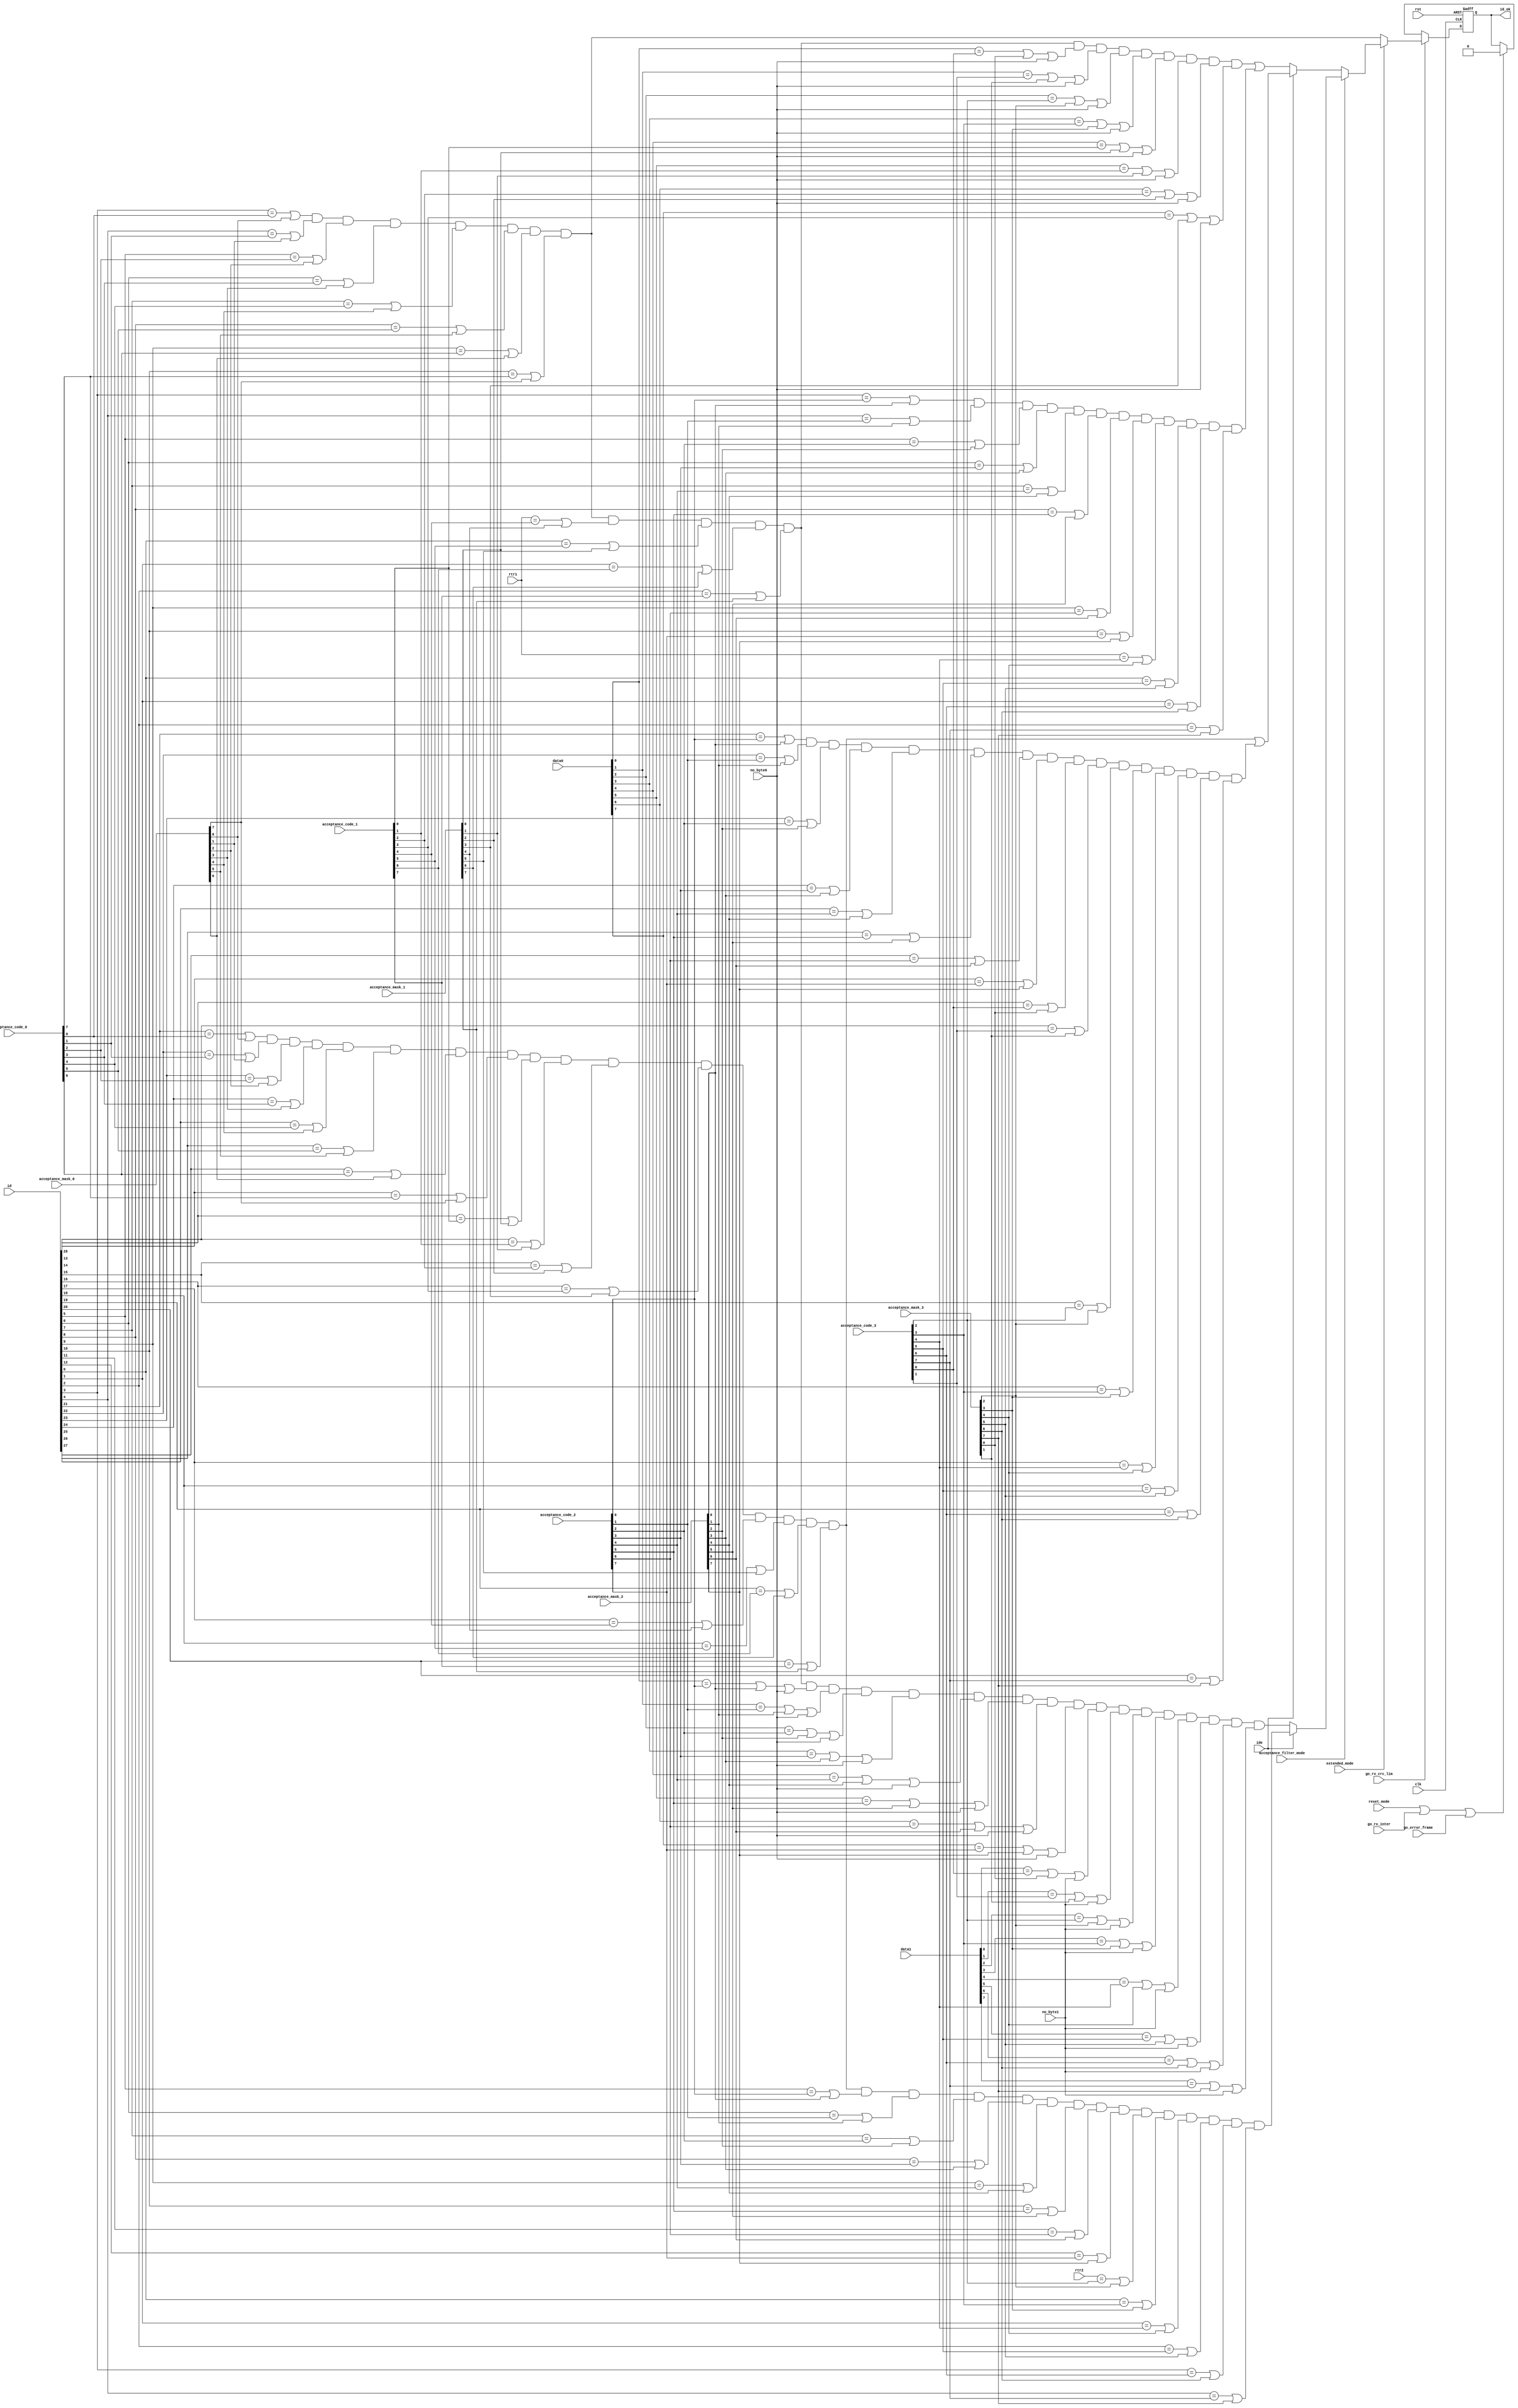
module can_acf(
	input wire clk,
	input wire rst,
	input wire [28:0] id,

	/* Mode register */
	input wire reset_mode,
	input wire acceptance_filter_mode,
	input wire extended_mode,

	input wire [7:0] acceptance_code_0,
	input wire [7:0] acceptance_code_1,
	input wire [7:0] acceptance_code_2,
	input wire [7:0] acceptance_code_3,
	input wire [7:0] acceptance_mask_0,
	input wire [7:0] acceptance_mask_1,
	input wire [7:0] acceptance_mask_2,
	input wire [7:0] acceptance_mask_3,

	input wire go_rx_crc_lim,
	input wire go_rx_inter,
	input wire go_error_frame,

	input wire [7:0] data0,
	input wire [7:0] data1,
	input wire rtr1,
	input wire rtr2,
	input wire ide,
	input wire no_byte0,
	input wire no_byte1,

	output reg id_ok
	);

	parameter Tp = 1;


	wire          match;
	wire          match_sf_std;
	wire          match_sf_ext;
	wire          match_df_std;
	wire          match_df_ext;

	// Working in basic mode. ID match for standard format (11-bit ID).
	assign match =
		(	(id[3]  == acceptance_code_0[0] | acceptance_mask_0[0] )
		&	(id[4]  == acceptance_code_0[1] | acceptance_mask_0[1] )
		&	(id[5]  == acceptance_code_0[2] | acceptance_mask_0[2] )
		&	(id[6]  == acceptance_code_0[3] | acceptance_mask_0[3] )
		&	(id[7]  == acceptance_code_0[4] | acceptance_mask_0[4] )
		&	(id[8]  == acceptance_code_0[5] | acceptance_mask_0[5] )
		&	(id[9]  == acceptance_code_0[6] | acceptance_mask_0[6] )
		&	(id[10] == acceptance_code_0[7] | acceptance_mask_0[7] )
		);

	// Working in extended mode. ID match for standard format (11-bit ID). Using single filter.
	assign match_sf_std =
		(	(id[3]  == acceptance_code_0[0] | acceptance_mask_0[0] )
		&	(id[4]  == acceptance_code_0[1] | acceptance_mask_0[1] )
		&	(id[5]  == acceptance_code_0[2] | acceptance_mask_0[2] )
		&	(id[6]  == acceptance_code_0[3] | acceptance_mask_0[3] )
		&	(id[7]  == acceptance_code_0[4] | acceptance_mask_0[4] )
		&	(id[8]  == acceptance_code_0[5] | acceptance_mask_0[5] )
		&	(id[9]  == acceptance_code_0[6] | acceptance_mask_0[6] )
		&	(id[10] == acceptance_code_0[7] | acceptance_mask_0[7] )

		&	(rtr1   == acceptance_code_1[4] | acceptance_mask_1[4] )
		&	(id[0]  == acceptance_code_1[5] | acceptance_mask_1[5] )
		&	(id[1]  == acceptance_code_1[6] | acceptance_mask_1[6] )
		&	(id[2]  == acceptance_code_1[7] | acceptance_mask_1[7] )

		&	(data0[0]  == acceptance_code_2[0] | acceptance_mask_2[0] | no_byte0)
		&	(data0[1]  == acceptance_code_2[1] | acceptance_mask_2[1] | no_byte0)
		&	(data0[2]  == acceptance_code_2[2] | acceptance_mask_2[2] | no_byte0)
		&	(data0[3]  == acceptance_code_2[3] | acceptance_mask_2[3] | no_byte0)
		&	(data0[4]  == acceptance_code_2[4] | acceptance_mask_2[4] | no_byte0)
		&	(data0[5]  == acceptance_code_2[5] | acceptance_mask_2[5] | no_byte0)
		&	(data0[6]  == acceptance_code_2[6] | acceptance_mask_2[6] | no_byte0)
		&	(data0[7]  == acceptance_code_2[7] | acceptance_mask_2[7] | no_byte0)

		&	(data1[0]  == acceptance_code_3[0] | acceptance_mask_3[0] | no_byte1)
		&	(data1[1]  == acceptance_code_3[1] | acceptance_mask_3[1] | no_byte1)
		&	(data1[2]  == acceptance_code_3[2] | acceptance_mask_3[2] | no_byte1)
		&	(data1[3]  == acceptance_code_3[3] | acceptance_mask_3[3] | no_byte1)
		&	(data1[4]  == acceptance_code_3[4] | acceptance_mask_3[4] | no_byte1)
		&	(data1[5]  == acceptance_code_3[5] | acceptance_mask_3[5] | no_byte1)
		&	(data1[6]  == acceptance_code_3[6] | acceptance_mask_3[6] | no_byte1)
		&	(data1[7]  == acceptance_code_3[7] | acceptance_mask_3[7] | no_byte1)
		);

	// Working in extended mode. ID match for extended format (29-bit ID). Using single filter.
	assign match_sf_ext =
		(	(id[21]  == acceptance_code_0[0] | acceptance_mask_0[0] )
		&	(id[22]  == acceptance_code_0[1] | acceptance_mask_0[1] )
		&	(id[23]  == acceptance_code_0[2] | acceptance_mask_0[2] )
		&	(id[24]  == acceptance_code_0[3] | acceptance_mask_0[3] )
		&	(id[25]  == acceptance_code_0[4] | acceptance_mask_0[4] )
		&	(id[26]  == acceptance_code_0[5] | acceptance_mask_0[5] )
		&	(id[27]  == acceptance_code_0[6] | acceptance_mask_0[6] )
		&	(id[28]  == acceptance_code_0[7] | acceptance_mask_0[7] )

		&	(id[13]  == acceptance_code_1[0] | acceptance_mask_1[0] )
		&	(id[14]  == acceptance_code_1[1] | acceptance_mask_1[1] )
		&	(id[15]  == acceptance_code_1[2] | acceptance_mask_1[2] )
		&	(id[16]  == acceptance_code_1[3] | acceptance_mask_1[3] )
		&	(id[17]  == acceptance_code_1[4] | acceptance_mask_1[4] )
		&	(id[18]  == acceptance_code_1[5] | acceptance_mask_1[5] )
		&	(id[19]  == acceptance_code_1[6] | acceptance_mask_1[6] )
		&	(id[20]  == acceptance_code_1[7] | acceptance_mask_1[7] )

		&	(id[5]  == acceptance_code_2[0] | acceptance_mask_2[0] )
		&	(id[6]  == acceptance_code_2[1] | acceptance_mask_2[1] )
		&	(id[7]  == acceptance_code_2[2] | acceptance_mask_2[2] )
		&	(id[8]  == acceptance_code_2[3] | acceptance_mask_2[3] )
		&	(id[9]  == acceptance_code_2[4] | acceptance_mask_2[4] )
		&	(id[10] == acceptance_code_2[5] | acceptance_mask_2[5] )
		&	(id[11] == acceptance_code_2[6] | acceptance_mask_2[6] )
		&	(id[12] == acceptance_code_2[7] | acceptance_mask_2[7] )

		&	(rtr2   == acceptance_code_3[2] | acceptance_mask_3[2] )
		&	(id[0]  == acceptance_code_3[3] | acceptance_mask_3[3] )
		&	(id[1]  == acceptance_code_3[4] | acceptance_mask_3[4] )
		&	(id[2]  == acceptance_code_3[5] | acceptance_mask_3[5] )
		&	(id[3]  == acceptance_code_3[6] | acceptance_mask_3[6] )
		&	(id[4]  == acceptance_code_3[7] | acceptance_mask_3[7] )
		);

	// Working in extended mode. ID match for standard format (11-bit ID). Using double filter.
	assign match_df_std =
		(	(	(id[3]  == acceptance_code_0[0] | acceptance_mask_0[0] )
			&	(id[4]  == acceptance_code_0[1] | acceptance_mask_0[1] )
			&	(id[5]  == acceptance_code_0[2] | acceptance_mask_0[2] )
			&	(id[6]  == acceptance_code_0[3] | acceptance_mask_0[3] )
			&	(id[7]  == acceptance_code_0[4] | acceptance_mask_0[4] )
			&	(id[8]  == acceptance_code_0[5] | acceptance_mask_0[5] )
			&	(id[9]  == acceptance_code_0[6] | acceptance_mask_0[6] )
			&	(id[10] == acceptance_code_0[7] | acceptance_mask_0[7] )

			&	(rtr1   == acceptance_code_1[4] | acceptance_mask_1[4] )
			&	(id[0]  == acceptance_code_1[5] | acceptance_mask_1[5] )
			&	(id[1]  == acceptance_code_1[6] | acceptance_mask_1[6] )
			&	(id[2]  == acceptance_code_1[7] | acceptance_mask_1[7] )

			&	(data0[0] == acceptance_code_3[0] | acceptance_mask_3[0] | no_byte0)
			&	(data0[1] == acceptance_code_3[1] | acceptance_mask_3[1] | no_byte0)
			&	(data0[2] == acceptance_code_3[2] | acceptance_mask_3[2] | no_byte0)
			&	(data0[3] == acceptance_code_3[3] | acceptance_mask_3[3] | no_byte0)
			&	(data0[4] == acceptance_code_1[0] | acceptance_mask_1[0] | no_byte0)
			&	(data0[5] == acceptance_code_1[1] | acceptance_mask_1[1] | no_byte0)
			&	(data0[6] == acceptance_code_1[2] | acceptance_mask_1[2] | no_byte0)
			&	(data0[7] == acceptance_code_1[3] | acceptance_mask_1[3] | no_byte0)
			)
		|	(	(id[3]  == acceptance_code_2[0] | acceptance_mask_2[0] )
			&	(id[4]  == acceptance_code_2[1] | acceptance_mask_2[1] )
			&	(id[5]  == acceptance_code_2[2] | acceptance_mask_2[2] )
			&	(id[6]  == acceptance_code_2[3] | acceptance_mask_2[3] )
			&	(id[7]  == acceptance_code_2[4] | acceptance_mask_2[4] )
			&	(id[8]  == acceptance_code_2[5] | acceptance_mask_2[5] )
			&	(id[9]  == acceptance_code_2[6] | acceptance_mask_2[6] )
			&	(id[10] == acceptance_code_2[7] | acceptance_mask_2[7] )

			&	(rtr1   == acceptance_code_3[4] | acceptance_mask_3[4] )
			&	(id[0]  == acceptance_code_3[5] | acceptance_mask_3[5] )
			&	(id[1]  == acceptance_code_3[6] | acceptance_mask_3[6] )
			&	(id[2]  == acceptance_code_3[7] | acceptance_mask_3[7] )
			)
		);

// Working in extended mode. ID match for extended format (29-bit ID). Using double filter.
	assign match_df_ext =
		(	(	(id[21]  == acceptance_code_0[0] | acceptance_mask_0[0] )
			&	(id[22]  == acceptance_code_0[1] | acceptance_mask_0[1] )
			&	(id[23]  == acceptance_code_0[2] | acceptance_mask_0[2] )
			&	(id[24]  == acceptance_code_0[3] | acceptance_mask_0[3] )
			&	(id[25]  == acceptance_code_0[4] | acceptance_mask_0[4] )
			&	(id[26]  == acceptance_code_0[5] | acceptance_mask_0[5] )
			&	(id[27]  == acceptance_code_0[6] | acceptance_mask_0[6] )
			&	(id[28]  == acceptance_code_0[7] | acceptance_mask_0[7] )

			&	(id[13]  == acceptance_code_1[0] | acceptance_mask_1[0] )
			&	(id[14]  == acceptance_code_1[1] | acceptance_mask_1[1] )
			&	(id[15]  == acceptance_code_1[2] | acceptance_mask_1[2] )
			&	(id[16]  == acceptance_code_1[3] | acceptance_mask_1[3] )
			&	(id[17]  == acceptance_code_1[4] | acceptance_mask_1[4] )
			&	(id[18]  == acceptance_code_1[5] | acceptance_mask_1[5] )
			&	(id[19]  == acceptance_code_1[6] | acceptance_mask_1[6] )
			&	(id[20]  == acceptance_code_1[7] | acceptance_mask_1[7] )
			)
		|	(	(id[21]  == acceptance_code_2[0] | acceptance_mask_2[0] )
			&	(id[22]  == acceptance_code_2[1] | acceptance_mask_2[1] )
			&	(id[23]  == acceptance_code_2[2] | acceptance_mask_2[2] )
			&	(id[24]  == acceptance_code_2[3] | acceptance_mask_2[3] )
			&	(id[25]  == acceptance_code_2[4] | acceptance_mask_2[4] )
			&	(id[26]  == acceptance_code_2[5] | acceptance_mask_2[5] )
			&	(id[27]  == acceptance_code_2[6] | acceptance_mask_2[6] )
			&	(id[28]  == acceptance_code_2[7] | acceptance_mask_2[7] )

			&	(id[13]  == acceptance_code_3[0] | acceptance_mask_3[0] )
			&	(id[14]  == acceptance_code_3[1] | acceptance_mask_3[1] )
			&	(id[15]  == acceptance_code_3[2] | acceptance_mask_3[2] )
			&	(id[16]  == acceptance_code_3[3] | acceptance_mask_3[3] )
			&	(id[17]  == acceptance_code_3[4] | acceptance_mask_3[4] )
			&	(id[18]  == acceptance_code_3[5] | acceptance_mask_3[5] )
			&	(id[19]  == acceptance_code_3[6] | acceptance_mask_3[6] )
			&	(id[20]  == acceptance_code_3[7] | acceptance_mask_3[7] )
			)
		);

	// ID ok signal generation
	always @(posedge clk or posedge rst) begin
		if(rst) begin
			id_ok <= 1'b0;
		end else if(go_rx_crc_lim) begin
			// sample_point is already included in go_rx_crc_lim
			if(extended_mode) begin
				if(~acceptance_filter_mode) begin
					// dual filter
					if(ide) begin
						// extended frame message
						id_ok <=#Tp match_df_ext;
					end else begin
						// standard frame message
						id_ok <=#Tp match_df_std;
					end
				end else begin
					// single filter
					if(ide) begin
						// extended frame message
						id_ok <=#Tp match_sf_ext;
					end else begin
						// standard frame message
						id_ok <=#Tp match_sf_std;
					end
				end
			end else begin
				id_ok <=#Tp match;
			end
		end else if(reset_mode | go_rx_inter | go_error_frame) begin
			// sample_point is already included in go_rx_inter
			id_ok <=#Tp 1'b0;
		end
	end

endmodule